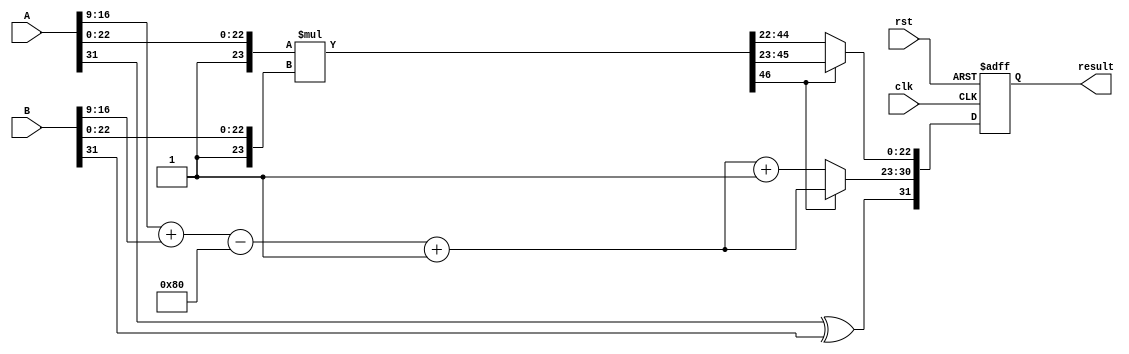
module radix4_fp_multiplier #(
    parameter E = 8, // Number of exponent bits
    parameter M = 23 // Number of mantissa bits
)(
    input wire clk,
    input wire rst,
    input wire [E + M + 1 - 1:0] A, // IEEE 754 format input A
    input wire [E + M + 1 - 1:0] B, // IEEE 754 format input B
    output reg [E + M + 1 - 1:0] result // IEEE 754 format output
);

    // Internal signals
    wire sign_A, sign_B;
    wire [E - 1:0] exponent_A, exponent_B;
    wire [M:0] mantissa_A, mantissa_B; // Including implicit leading 1
    wire [M + M:0] mantissa_product; // Product of mantissas
    reg [E - 1:0] result_exponent;
    reg result_sign;
    reg [M + M:0] normalized_mantissa;
    reg [E - 1:0] adjusted_exponent;

    // Extract sign, exponent, and mantissa
    assign sign_A = A[E + M];
    assign exponent_A = A[E + M - 1:E + 1];
    assign mantissa_A = {1'b1, A[M - 1:0]}; // Implicit leading 1

    assign sign_B = B[E + M];
    assign exponent_B = B[E + M - 1:E + 1];
    assign mantissa_B = {1'b1, B[M - 1:0]}; // Implicit leading 1

    // Radix-4 multiplication
    always @(posedge clk or posedge rst) begin
        if (rst) begin
            result <= 0;
        end else begin
            // Multiply mantissas
            mantissa_product = mantissa_A * mantissa_B;

            // Calculate result sign
            result_sign = sign_A ^ sign_B;

            // Calculate result exponent
            result_exponent = exponent_A + exponent_B - (1 << (E - 1)) + 1; // Adjust for bias

            // Normalize the product
            if (mantissa_product[M + M] == 1) begin
                // Already normalized
                normalized_mantissa = mantissa_product[M + M - 1:M];
            end else begin
                // Need to normalize
                normalized_mantissa = mantissa_product[M + M - 2:M - 1];
                result_exponent = result_exponent + 1; // Adjust exponent
            end

            // Combine result
            result <= {result_sign, result_exponent, normalized_mantissa[M - 1:0]};
        end
    end
endmodule